Source: Handwritten
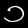
Digit: ၁ (1)